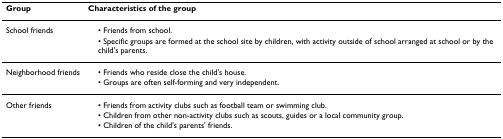
<table><thead><tr><td><b>Group</b></td><td><b>Characteristics of the group</b></td></tr></thead><tbody><tr><td>School friends</td><td> • Friends from school.</td></tr><tr><td></td><td> • Specific groups are formed at the school site by children, with activity outside of school arranged at school or by the child&#x27;s parents.</td></tr><tr><td>Neighborhood friends</td><td> • Friends who reside close the child&#x27;s house.</td></tr><tr><td></td><td> • Groups are often self-forming and very independent.</td></tr><tr><td>Other friends</td><td> • Friends from activity clubs such as football team or swimming club.</td></tr><tr><td></td><td> • Children from other non-activity clubs such as scouts, guides or a local community group.</td></tr><tr><td></td><td> • Children of the child&#x27;s parents&#x27; friends.</td></tr></tbody></table>